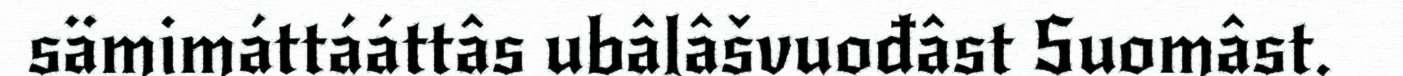
sämimáttááttâs ubâlâšvuođâst Suomâst.